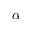
\alpha